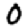
Digit: 0